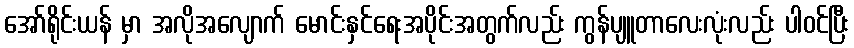
အော်ရိုင်းယန် မှာ အလိုအလျောက် မောင်းနှင်ရေးအပိုင်းအတွက်လည်း ကွန်ပျူတာလေးလုံးလည်း ပါဝင်ပြီး